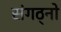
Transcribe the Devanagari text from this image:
संगठ्नो